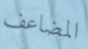
المضاعف